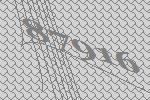
87916